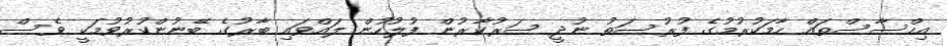
އިހްސާސްތައް ހާމަކުރުމުގެ ފުރުސަތު ނުދީ ސަރުކާރުން ފުލުހުން ލައްވައި ބާރުގެ ބޭނުންކުރުވުމަކީ ވެސް